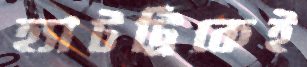
হ্যাটট্রিকেই